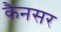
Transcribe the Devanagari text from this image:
कैनसर